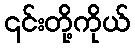
၎င်းတို့ကိုယ်